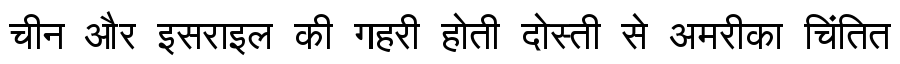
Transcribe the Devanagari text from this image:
चीन और इसराइल की गहरी होती दोस्ती से अमरीका चिंतित